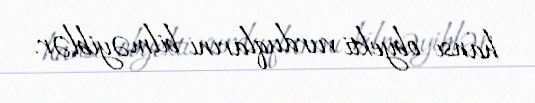
hansı obyekti vurduqlarını bilməyiblər.